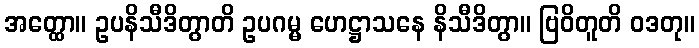
အတ္ထော။ ဥပနိသီဒိတွာတိ ဥပဂမ္မ ဟေဋ္ဌာသနေ နိသီဒိတွာ။ ဗြဝိတူတိ ဝဒတု။